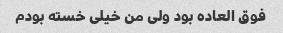
فوق العاده بود ولی من خیلی خسته بودم